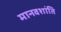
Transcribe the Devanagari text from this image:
मानवशांति